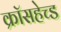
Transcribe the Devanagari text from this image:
क्रॉसहेच्ड